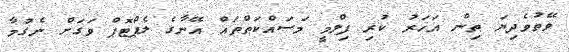
ވޭތުވެދިޔަ ތިން އަހަރު ކުރި ފިލްމީ މަސައްކަތްތައް އޭނާގެ ލެޕްޓޮޕް ވަގަށް ނެގުމާ